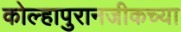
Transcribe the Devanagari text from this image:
कोल्हापुरानजीकच्या